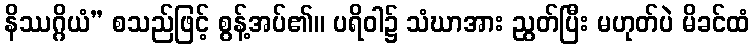
နိဿဂ္ဂိယံ” စသည်ဖြင့် စွန့်အပ်၏။ ပရိဝါ၌ သံဃာအား ညွတ်ပြီး မဟုတ်ပဲ မိခင်ထံ